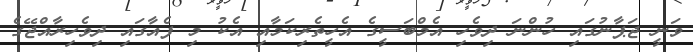
ވަނީ ޖަޕާނުގައި ހުންނަ ދިވެހި އެމްބަސީގެ އެހީތެރިކަމާއި އެކު މި ފެއާގައި ދިވެހިރާއްޖޭގެ